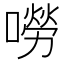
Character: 嘮